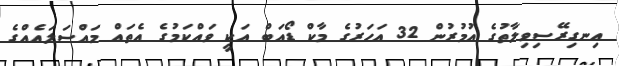
އިނގިރޭސިވިލާތުގެ އުމުރުން 32 އަހަރުގެ މާކް ޑޯއަބް އަކީ ވައްކަމުގެ އެތައް މައްސަލައެއްގެ